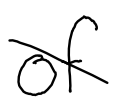
Text: of
Cross-out: diagonal
Writing tool: digital_black